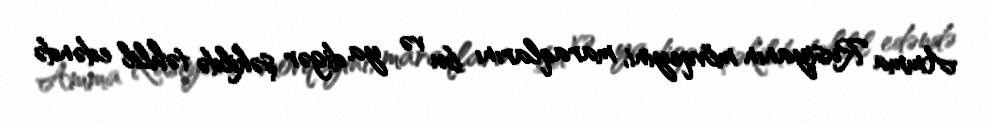
Amma Rusiyanın mövqeyini, maraqlarını bu və ya digər şəkildə təhlil edəndə